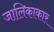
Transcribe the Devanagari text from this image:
जालिकाकार